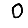
Digit: 0